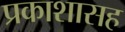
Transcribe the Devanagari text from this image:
प्रकाशासह